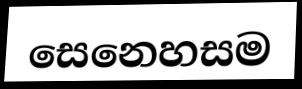
සෙනෙහසම